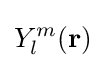
Y_{l}^{m}(\mathbf {r} )